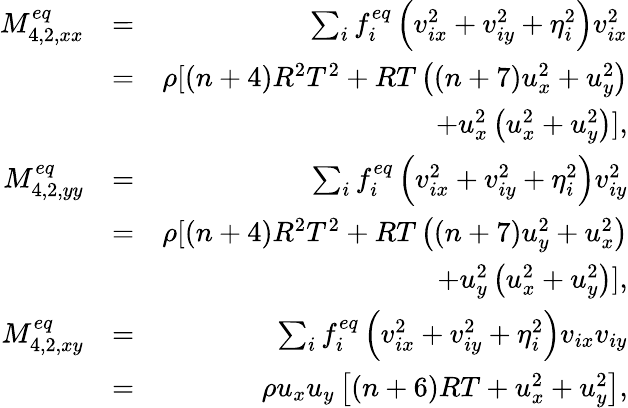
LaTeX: \begin{array}{rlr}{M_{4,2,xx}^{eq}}&{=}&{\sum_{i}{f_{i}^{eq}\left({v_{ix}^{2}+v_{iy}^{2}+\eta_{i}^{2}}\right)v_{ix}^{2}}}\\ &{=}&{\rho[(n+4)R^{2}T^{2}+RT\left((n+7)u_{x}^{2}+u_{y}^{2}\right)}\\ &{}&{+u_{x}^{2}\left(u_{x}^{2}+u_{y}^{2}\right)],}\\ {M_{4,2,yy}^{eq}}&{=}&{\sum_{i}{f_{i}^{eq}\left({v_{ix}^{2}+v_{iy}^{2}+\eta_{i}^{2}}\right)v_{iy}^{2}}}\\ &{=}&{\rho[(n+4)R^{2}T^{2}+RT\left((n+7)u_{y}^{2}+u_{x}^{2}\right)}\\ &{}&{+u_{y}^{2}\left(u_{x}^{2}+u_{y}^{2}\right)],}\\ {M_{4,2,xy}^{eq}}&{=}&{\sum_{i}{f_{i}^{eq}\left({v_{ix}^{2}+v_{iy}^{2}+\eta_{i}^{2}}\right){v_{ix}}}{v_{iy}}}\\ &{=}&{\rho{u_{x}}{u_{y}}\left[{\left({n+6}\right)RT+u_{x}^{2}+u_{y}^{2}}\right],}\end{array}